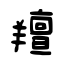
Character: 羶